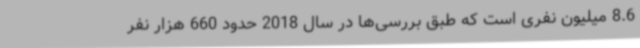
8.6 میلیون نفری است که طبق بررسی‌ها در سال 2018 حدود 660 هزار نفر